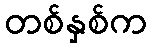
တစ်နှစ်က